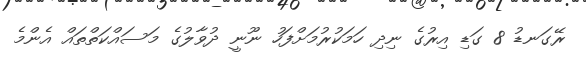
ރޭގަނޑު 8 ގަޑި އިރުގެ ނިދި ހަމަކުރުމަށްފަހު ނޫނީ ދުވާލުގެ މަސައްކަތްތައް އެންމެ